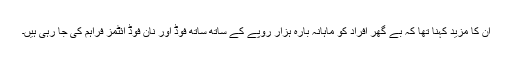
ان کا مزید کہنا تھا کہ بے گھر افراد کو ماہانہ بارہ ہزار روپے کے ساتھ ساتھ فوڈ اور نان فوڈ آئٹمز فراہم کی جا رہی ہیں۔